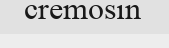
cremosin